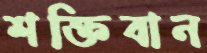
শক্তিবান